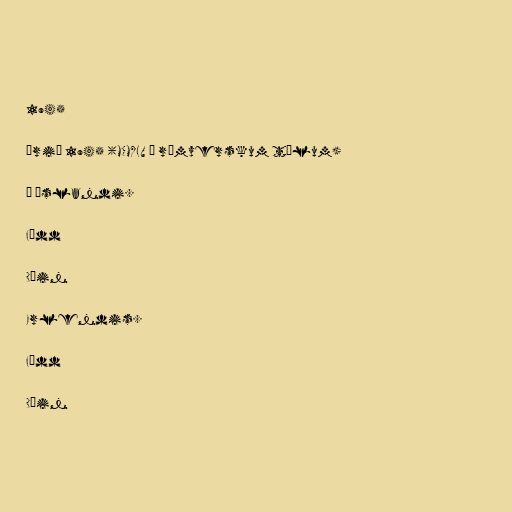
1945

Árið 1945 (MCMXLV í rómverskum tölum)

Á Íslandi.

Fædd

Dáin

Erlendis.

Fædd

Dáin